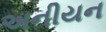
અનીયન